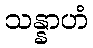
သန္နာဟံ